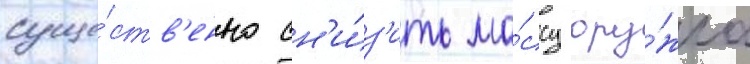
суще́ств'енно сн'и́з'ить ма́ссу ору́жиа